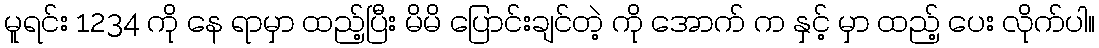
မူရင်း 1234 ကို နေ ရာမှာ ထည့်ပြီး မိမိ ပြောင်းချင်တဲ့ ကို အောက် က နှင့် မှာ ထည့် ပေး လိုက်ပါ။